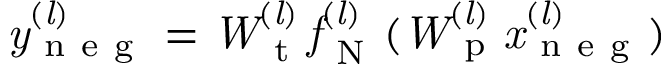
\it y _ { \mathrm { ~ n ~ e ~ g ~ } } ^ { ( l ) } = W _ { \mathrm { ~ t ~ } } ^ { ( l ) } f _ { \mathrm { ~ N ~ } } ^ { ( l ) } ( W _ { \mathrm { ~ p ~ } } ^ { ( l ) } x _ { \mathrm { ~ n ~ e ~ g ~ } } ^ { ( l ) } )